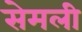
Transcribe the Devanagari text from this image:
सेमली